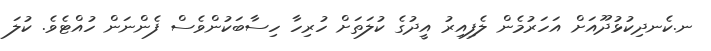
ނ.ކެނދިކުޅުދޫއަށް އަހަރުމެން ލެފިއިރު އީދުގެ ކުލަތަށް ހުރިހާ ހިސާބަކުންވެސް ފެންނަން ހުއްޓެވެ. ކުލަ